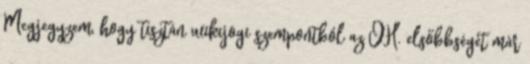
Megjegyzem, hogy tisztán wikijogi szempontból az OH. elsőbbségét már